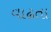
વાઢતા